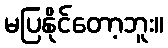
မပြနိုင်တော့ဘူး။